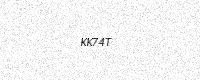
Text: KK74T